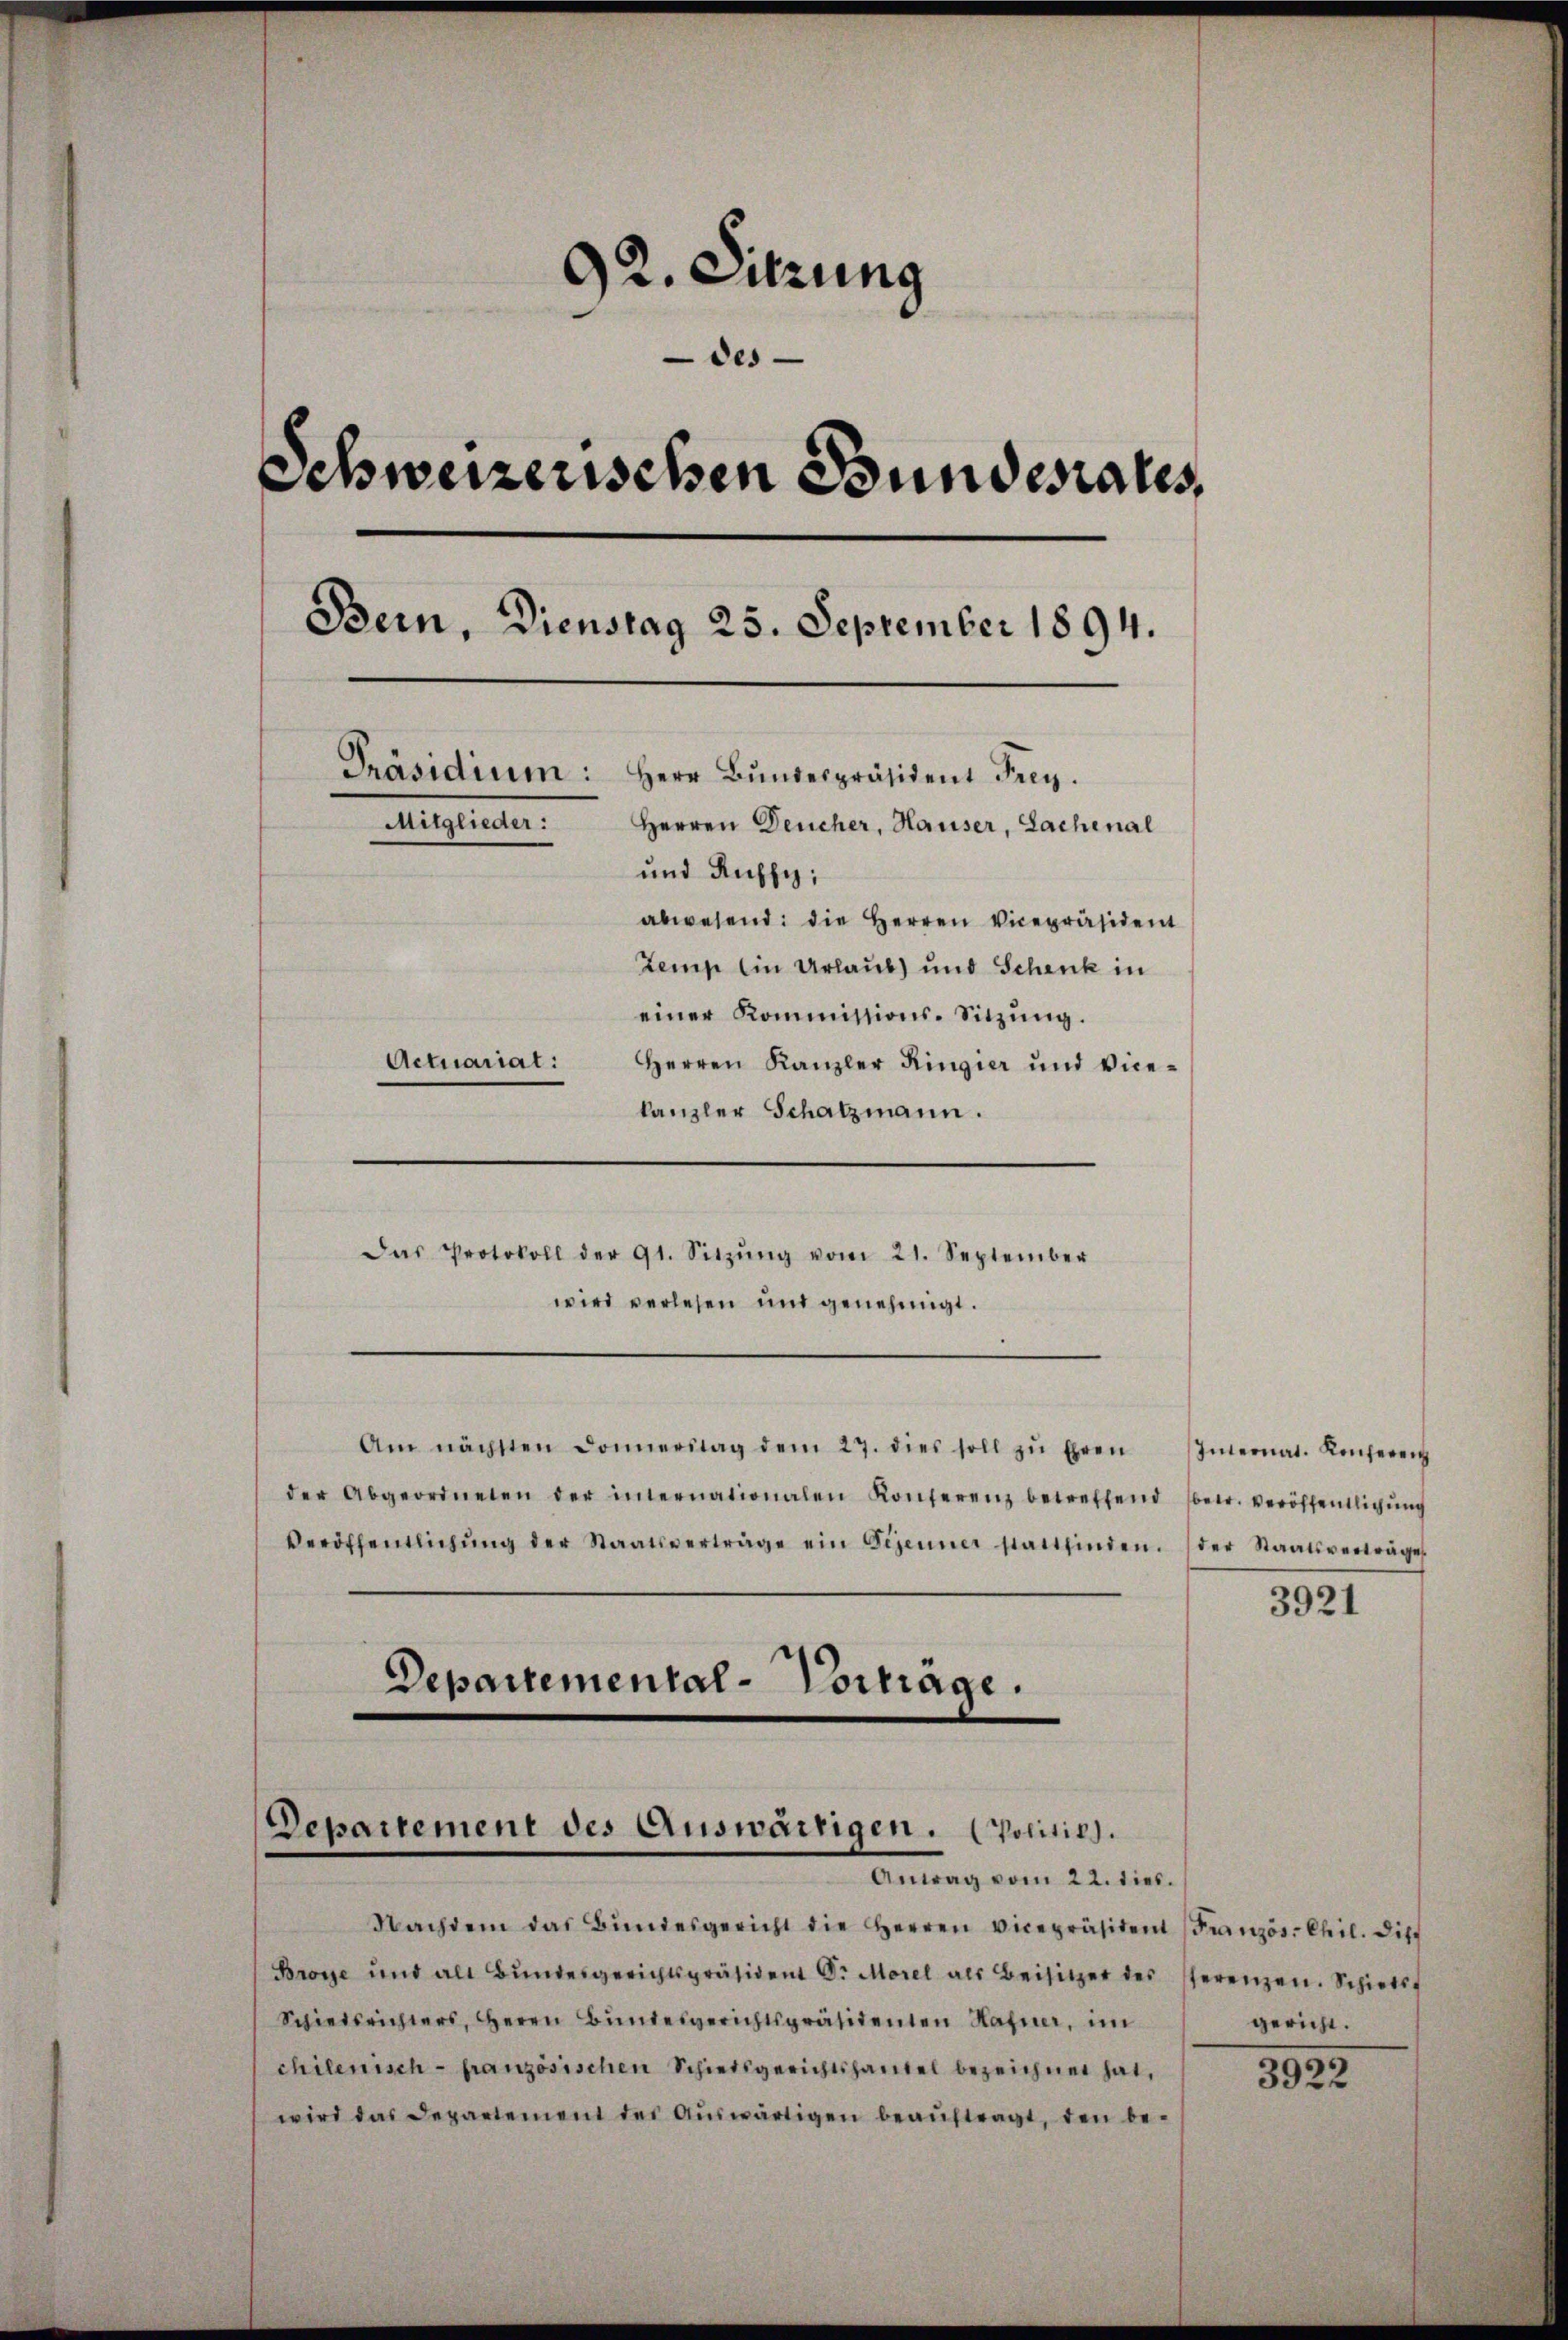
92. Sitzung
des
Schweizerischen Bundesrates,
Bern, Dienstag 25. September 1894.
Präsidium: Herr Bŭndespräsident Frey.
Mitglieder:
Herren Deucher, Hauser, Lachenal
und Russi
abwesend: die Herren Vicepräsident
Zemp ein Urlaub und Schenk in
einer Kommissions-Sitzŭng.
Actuariat:
Herren Kanzler Ringier und Vicekanzler Schatzmann.

wird verlesen und genehmigt.
Am nächsten Donnerstag dem 27. dies soll zŭ Ehren Internat. Konferen
der Abgeordneten der internationalen Konferenz betreffend (betr. veröffentlichŭng
Veröffentlichŭng der Staatsverträge ein Gegenner stattfinden. (der Staatsverträge
Departemental-Vorträge.

Das Protokoll der 91. Sitzŭng vom 21. September

Departement des Auswärtigen. Politik.
Antrag vom 22. dies.

Nachdem das Bŭndesgericht die Herren Vicepräsident Französ. Chil. Dist
Broye und als Bŭndesgerichtspräsident Dr. Morel als Beisitzer des sterenzen. Schiede
Schiedsrichters, Herrn Bundesgerichtspräsidenten Hafner, im
chilenisch-französischen Schiedsgerichtshandel bezeichnet hat,
wird das Departement des Aŭswärtigen beaŭftragt, den be-

3921

gericht.

3922